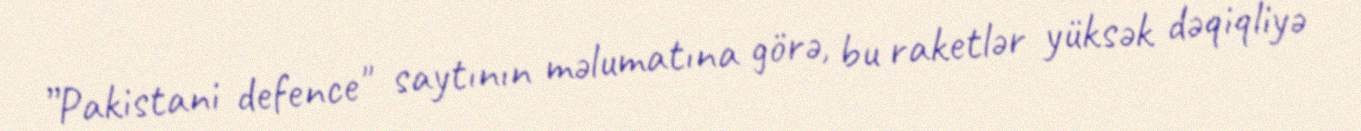
”Pakistani defence" saytının məlumatına görə, bu raketlər yüksək dəqiqliyə